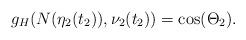
LaTeX: \begin{align*}g_H(N(\eta_2(t_2)),\nu_2(t_2))=\cos(\Theta_2).\end{align*}